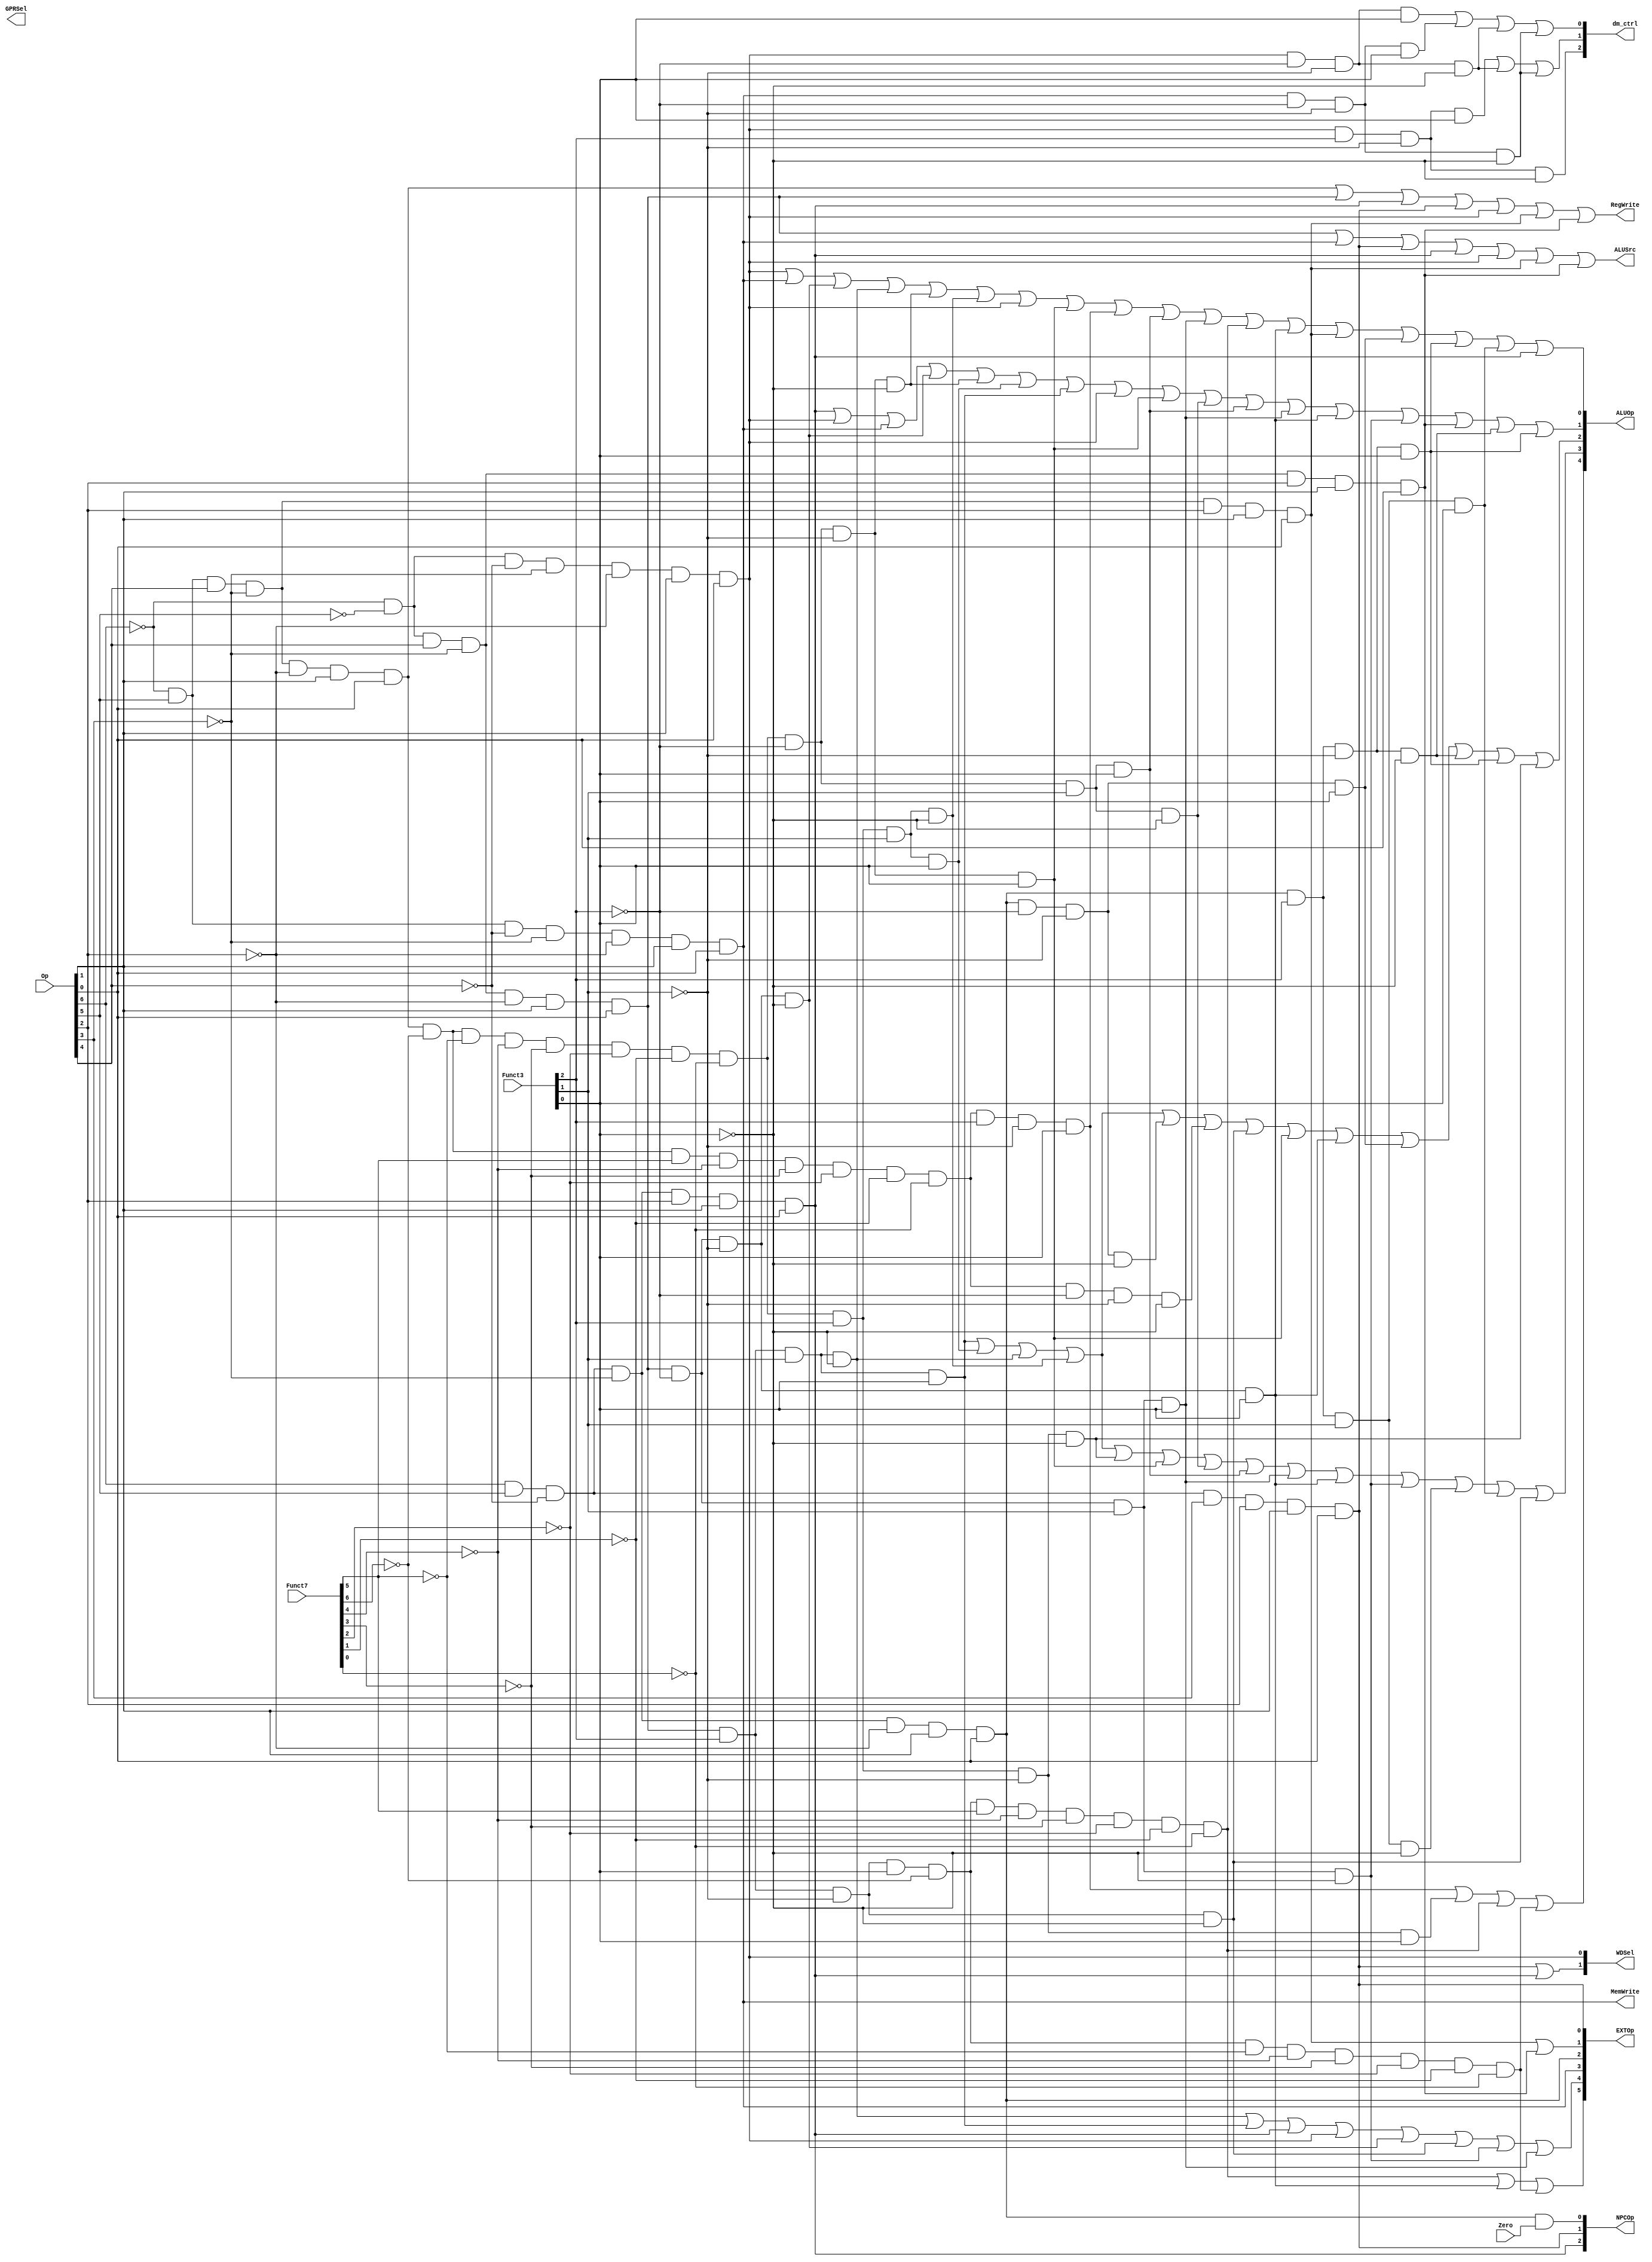
module ctrl(Op, Funct7, Funct3, Zero, 
            RegWrite, MemWrite,
            EXTOp, ALUOp, NPCOp, 
            ALUSrc, GPRSel, WDSel,dm_ctrl
            );
            
   input  [6:0] Op;       // opcode
   input  [6:0] Funct7;    // funct7
   input  [2:0] Funct3;    // funct3
   input        Zero;
   
   output       RegWrite; // control signal for register write
   output       MemWrite; // control signal for memory write
   output [5:0] EXTOp;    // control signal to signed extension
   output [4:0] ALUOp;    // ALU opertion
   output [2:0] NPCOp;    // next pc operation
   output       ALUSrc;   // ALU source for A   0表示第二个操作数是寄存器，1表示第二个操作数是立即数
   output [2:0] dm_ctrl;    
   output [1:0] GPRSel;   // general purpose register selection
   output [1:0] WDSel;    // (register) write data selection
   
// r format
    wire rtype  = ~Op[6]&Op[5]&Op[4]&~Op[3]&~Op[2]&Op[1]&Op[0]; //0110011
    wire i_add  = rtype& ~Funct7[6]&~Funct7[5]&~Funct7[4]&~Funct7[3]&~Funct7[2]&~Funct7[1]&~Funct7[0]&~Funct3[2]&~Funct3[1]&~Funct3[0]; // add 0000000 000
    wire i_sub  = rtype& ~Funct7[6]& Funct7[5]&~Funct7[4]&~Funct7[3]&~Funct7[2]&~Funct7[1]&~Funct7[0]&~Funct3[2]&~Funct3[1]&~Funct3[0]; // sub 0100000 000
    wire i_or   = rtype& ~Funct7[6]&~Funct7[5]&~Funct7[4]&~Funct7[3]&~Funct7[2]&~Funct7[1]&~Funct7[0]& Funct3[2]& Funct3[1]&~Funct3[0]; // or 0000000 110
    wire i_and  = rtype& ~Funct7[6]&~Funct7[5]&~Funct7[4]&~Funct7[3]&~Funct7[2]&~Funct7[1]&~Funct7[0]& Funct3[2]& Funct3[1]& Funct3[0]; // and 0000000 111
    wire i_xor  = rtype& ~Funct7[6]&~Funct7[5]&~Funct7[4]&~Funct7[3]&~Funct7[2]&~Funct7[1]&~Funct7[0]& Funct3[2]&~Funct3[1]&~Funct3[0]; // xor 0000000 100
    wire i_sll  = rtype& ~Funct7[6]&~Funct7[5]&~Funct7[4]&~Funct7[3]&~Funct7[2]&~Funct7[1]&~Funct7[0]&~Funct3[2]&~Funct3[1]& Funct3[0];//sll 0000000 001
    wire i_sra  =rtype& ~Funct7[6]& Funct7[5]&~Funct7[4]&~Funct7[3]&~Funct7[2]&~Funct7[1]&~Funct7[0]& Funct3[2]&~Funct3[1]& Funct3[0];//sra 0100000 101
    wire i_srl  =rtype& ~Funct7[6]&~Funct7[5]&~Funct7[4]&~Funct7[3]&~Funct7[2]&~Funct7[1]&~Funct7[0]& Funct3[2]&~Funct3[1]& Funct3[0];//srl 0000000 101
    wire i_slt  =rtype& ~Funct7[6]&~Funct7[5]&~Funct7[4]&~Funct7[3]&~Funct7[2]&~Funct7[1]&~Funct7[0]&~Funct3[2]& Funct3[1]&~Funct3[0];//slt 0000000 010
    wire i_sltu =rtype& ~Funct7[6]&~Funct7[5]&~Funct7[4]&~Funct7[3]&~Funct7[2]&~Funct7[1]&~Funct7[0]&~Funct3[2]& Funct3[1]& Funct3[0];//sltu 0000000 011

// i format
   wire itype_l  = ~Op[6]&~Op[5]&~Op[4]&~Op[3]&~Op[2]&Op[1]&Op[0]; //0000011
   wire i_lw   = itype_l& ~Funct3[2]& Funct3[1]&~Funct3[0];// lw 010
   wire i_lb   = itype_l& ~Funct3[2]&~Funct3[1]&~Funct3[0];// lb 000
   wire i_lh   = itype_l& ~Funct3[2]&~Funct3[1]&Funct3[0];// lh 001
   wire i_lbu  = itype_l&  Funct3[2]& ~Funct3[1]&~Funct3[0];// lbu 100
   wire i_lhu  = itype_l&  Funct3[2]& ~Funct3[1]&Funct3[0];// lhu 101

// i format
    wire itype_r  = ~Op[6]&~Op[5]&Op[4]&~Op[3]&~Op[2]&Op[1]&Op[0]; //0010011
    wire i_addi  =  itype_r& ~Funct3[2]& ~Funct3[1]& ~Funct3[0]; // addi 000
    wire i_ori  =  itype_r& Funct3[2]& Funct3[1]&~Funct3[0]; // ori 110
    wire i_andi =  itype_r& Funct3[2]& Funct3[1]& Funct3[0]; // andi 111
    wire i_xori =  itype_r& Funct3[2]&~Funct3[1]&~Funct3[0];//xori 100
    wire i_srai =  itype_r& Funct3[2]&~Funct3[1]& Funct3[0]&~Funct7[6]& Funct7[5]&~Funct7[4]&~Funct7[3]&~Funct7[2]&~Funct7[1]&~Funct7[0];//srai 0100000 101
    wire i_sltiu=  itype_r&~Funct3[2]& Funct3[1]& Funct3[0];//sltiu 011  与立即数比较用符号扩展立即数，然后给寄存器赋值1或0
    wire i_slli =  itype_r&~Funct3[2]&~Funct3[1]& Funct3[0];//slli 001
    wire i_srli =  itype_r& Funct3[2]&~Funct3[1]& Funct3[0]&~Funct7[6]&~Funct7[5]&~Funct7[4]&~Funct7[3]&~Funct7[2]&~Funct7[1]&~Funct7[0]; //srli 0000000 101
    wire i_slti =  itype_r&~Funct3[2]& Funct3[1]&~Funct3[0];//slti 010
 //jalr
   wire i_jalr =Op[6]&Op[5]&~Op[4]&~Op[3]&Op[2]&Op[1]&Op[0];//jalr 1100111

// s format
   wire stype  = ~Op[6]&Op[5]&~Op[4]&~Op[3]&~Op[2]&Op[1]&Op[0];//0100011
   wire i_sw   =  stype& ~Funct3[2]& Funct3[1]&~Funct3[0]; // sw 010
   wire i_sb   =  stype& ~Funct3[2]&~Funct3[1]&~Funct3[0]; // sb 000
   wire i_sh   =  stype& ~Funct3[2]&~Funct3[1]&Funct3[0]; // sh 001

// sb format
   wire sbtype = Op[6]&Op[5]&~Op[4]&~Op[3]&~Op[2]&Op[1]&Op[0];//1100011
   wire i_beq  = sbtype& ~Funct3[2]& ~Funct3[1]&~Funct3[0]; // beq 000
   wire i_bne  = sbtype& ~Funct3[2]& ~Funct3[1]&Funct3[0]; // bne 001
   wire i_blt  = sbtype& Funct3[2]& ~Funct3[1]&~Funct3[0]; // blt 100
   wire i_bge  = sbtype& Funct3[2]& ~Funct3[1]&Funct3[0]; // bge 101
   wire i_bltu = sbtype& Funct3[2]& Funct3[1]&~Funct3[0]; // bltu 110
   wire i_bgeu = sbtype& Funct3[2]&Funct3[1]&Funct3[0]; // bgeu 111

// j format
   wire i_jal  = Op[6]& Op[5]&~Op[4]& Op[3]& Op[2]& Op[1]& Op[0];  // jal 1101111

//U format
   wire i_lui  =~Op[6]&Op[5]&Op[4]&~Op[3]&Op[2]&Op[1]&Op[0];//0110111
   wire i_auipc=~Op[6]&~Op[5]&Op[4]&~Op[3]&Op[2]&Op[1]&Op[0];//0010111
// generate control signals
 assign RegWrite   = rtype | itype_r | i_jalr | i_jal|itype_l|i_lui|i_auipc; // register write
 assign MemWrite   = stype;                           // memory write
 assign ALUSrc     = itype_r | stype | i_jal | i_jalr|itype_l|i_lui|i_auipc;   // ALU B is from instruction immediate   0表示第二个操作数是寄存器，1表示第二个操作数是立即数

  // signed extension 符号拓展
  // EXT_CTRL_ITYPE_SHAMT     6'b100000
  // EXT_CTRL_ITYPE	      6'b010000
  // EXT_CTRL_STYPE	      6'b001000
  // EXT_CTRL_BTYPE	      6'b000100
  // EXT_CTRL_UTYPE	      6'b000010
  // EXT_CTRL_JTYPE	      6'b000001
  assign EXTOp[5]    = i_srai|i_slli|i_srli;
  assign EXTOp[4]    = i_ori | i_andi | i_jalr|itype_l|i_addi|i_xori|i_slti|i_sltiu;  
  assign EXTOp[3]    = stype; 
  assign EXTOp[2]    = sbtype; 
  assign EXTOp[1]    = i_lui|i_auipc;   
  assign EXTOp[0]    = i_jal;         


  
  
  // WDSel_FromALU 2'b00  写的数据来自于哪个部件
  // WDSel_FromMEM 2'b01
  // WDSel_FromPC  2'b10 
  assign WDSel[0] = itype_l;
  assign WDSel[1] = i_jal | i_jalr;

  // NPC_PLUS4   3'b000 对PC的操作
  // NPC_BRANCH  3'b001
  // NPC_JUMP    3'b010
  // NPC_JALR	3'b100
  assign NPCOp[0] = sbtype & Zero;
  assign NPCOp[1] = i_jal;
  assign NPCOp[2] = i_jalr;
  

	assign ALUOp[0] = itype_l|stype|i_addi|i_ori|i_add|i_or|itype_l|i_sll|i_sra|i_sltu|i_sltiu|i_srai|i_slli|i_lui|i_bne|i_bge|i_bgeu|i_jalr;
	assign ALUOp[1] = i_jalr|itype_l|stype|i_addi|i_add|i_and|i_andi|itype_l|i_sll|i_slt|i_sltu|i_sltiu|i_slli|i_slti|i_auipc|i_blt|i_bge;
	assign ALUOp[2] = i_andi|i_and|i_ori|i_or|i_beq|i_sub|i_xori|i_sll|i_slli|i_bne|i_blt|i_bge|i_xor;
	assign ALUOp[3] = i_andi|i_and|i_ori|i_or|i_xor|i_sll|i_slt|i_sltu|i_sltiu|i_slli|i_slti|i_bltu|i_bgeu|i_xori;
	assign ALUOp[4] = i_sra|i_srl|i_srai|i_srli;

// `define dm_word 3'b000
// `define dm_halfword 3'b001
// `define dm_halfword_unsigned 3'b010
// `define dm_byte 3'b011
// `define dm_byte_unsigned 3'b100
   assign dm_ctrl [0]=i_lh|i_sh|i_lb|i_sb;
   assign dm_ctrl [1]=i_lhu|i_lb|i_sb;
   assign dm_ctrl [2]=i_lbu;

endmodule